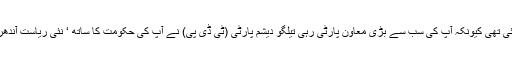
محترم وزیر اعظم جی، یہ تحریک عدم اعتماد اس لئے لائی گئی تھی کیونکہ آپ کی سب سے بڑی معاون پارٹی رہی تیلگو دیشم پارٹی (ٹی ڈی پی) نے آپ کی حکومت کا ساتھ ‘ نئی ریاست آندھر پردیش کو دھوکہ دینے ‘ کا حوالہ دیتے ہوئے چھوڑ دیا ہے۔